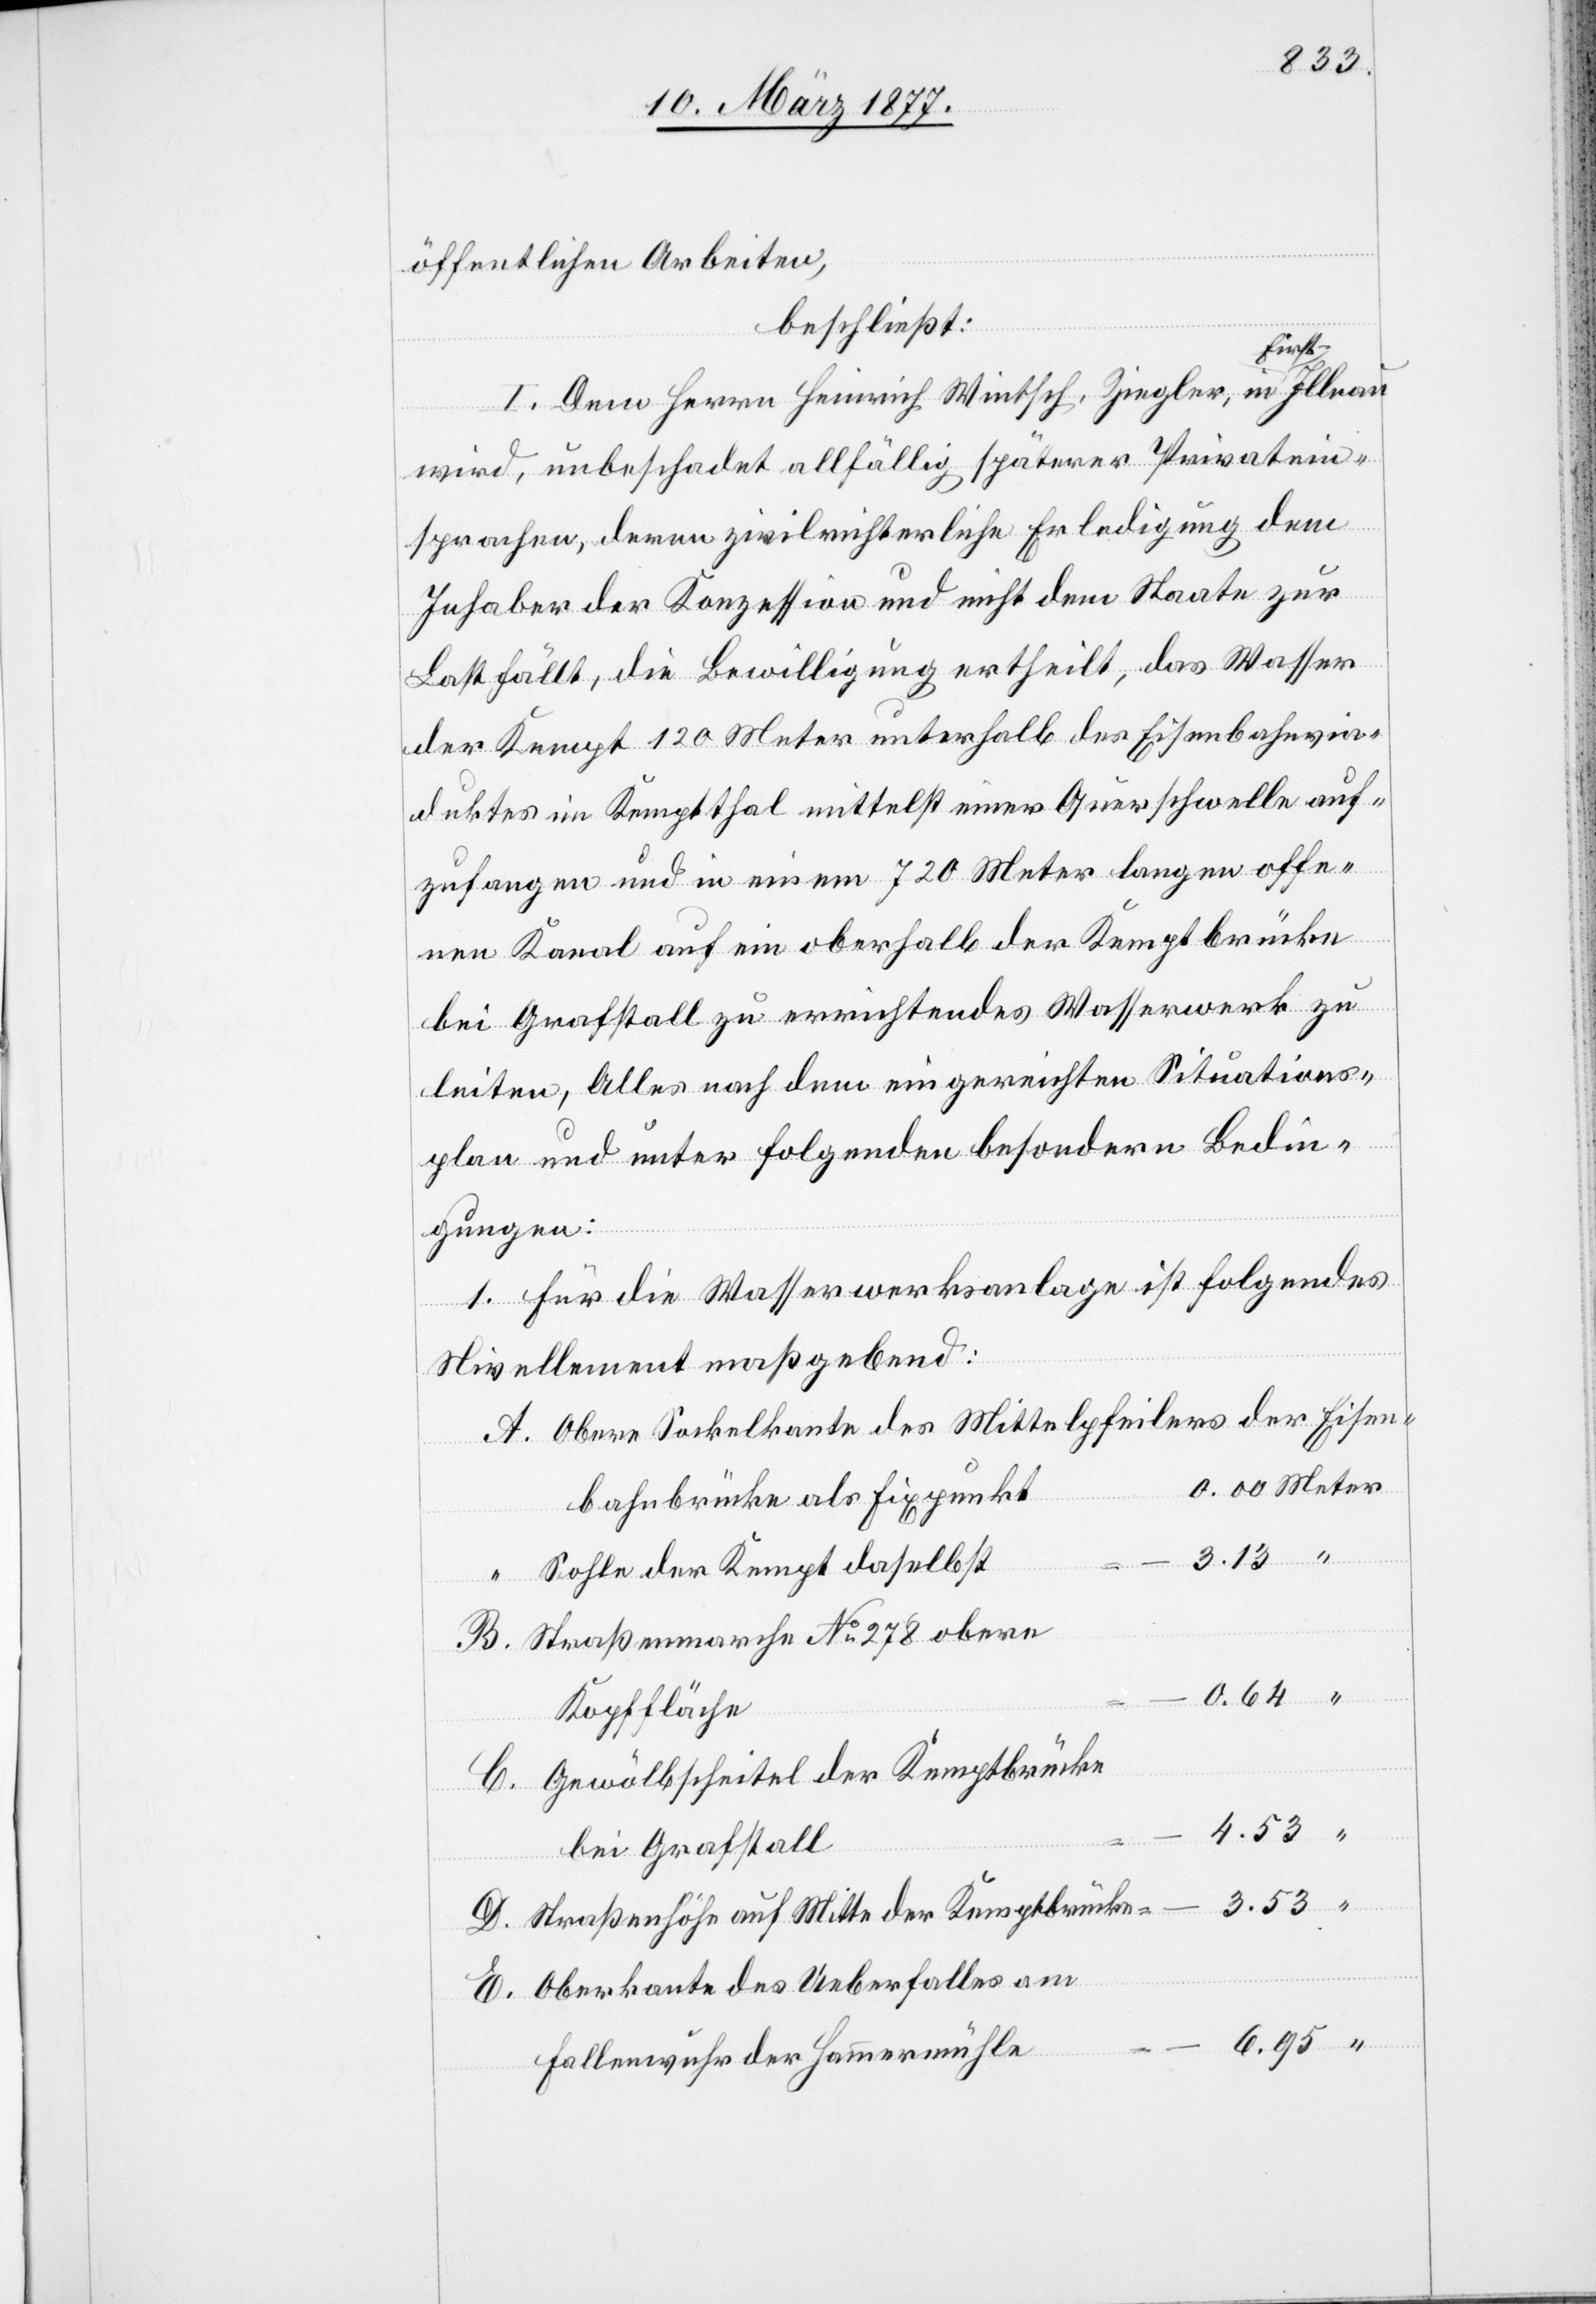
3.53
öffentlichen Arbeiten,
beschließt:
I. Dem Herrn Heinrich Wintsch, Ziegler in First
-
wird, unbeschadet allfällig späterer Privatein¬
sprachen, deren zivilrichterliche Erledigung dem
E.
Inhaber der Konzession und nicht dem Staate zur
Last fällt, die Bewilligung ertheilt, das Wasser
der Kempt 120 Meter unterhalb des Eisenbahnvia¬
duktes im Kemptthal mittelst einer Querschwelle auf¬
zufangen und in einem 720 Meter langen offe¬
nen Kanal auf ein oberhalb der Kemptbrücke
bei Grafstall zu errichtendes Wasserwerk zu
leiten, Alles nach dem eingereichten Situations¬
plan und unter folgenden besondern Bedin¬
gungen:
1. Für die Wasserwerksanlage ist folgendes
Nivellement maßgebend:
Obere Sockelkante des Mittelpfeilers der Eisen¬
bahnbrücke als Fixpunkt
Sohle der Kempt daselbst
Straßenmarche No 278 obere
Kopffläche
Gewölbscheitel der Kemptbrücke
4.53
D.
bei Grafstall
Straßenhöhe auf Mitte der Kemptbrücke
Oberkante des Ueberfalles am
Fallenwuhr der Hammermühle